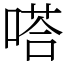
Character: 嗒